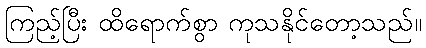
ကြည့်ပြီး ထိရောက်စွာ ကုသနိုင်တော့သည်။